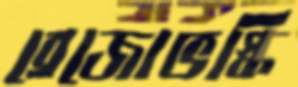
ব্রেজোভস্কি